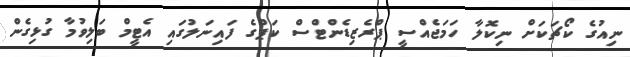
ނިއުގެ ކޯޗަކަށް ނިކޮލާ ހަމަޖެއްސީ ޕްރެޒިޑެންޓްސް ކަޕްގެ ފައިނަލުގައި އެޓީމް ބަލިވުމާ ގުޅިގެން